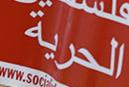
الحرية